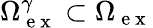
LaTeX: \Omega_{\mathrm{~e~x~}}^{\gamma}\subset\Omega_{\mathrm{~e~x~}}